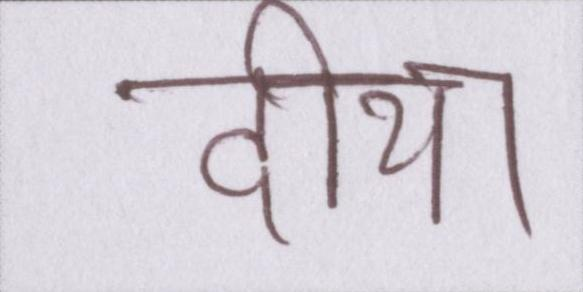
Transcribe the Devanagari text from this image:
दीया